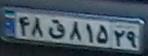
۴۸ق۸۱۵۲۹